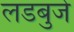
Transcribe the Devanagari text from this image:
लडबुजे